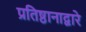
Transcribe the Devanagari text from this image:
प्रतिष्ठानाद्वारे